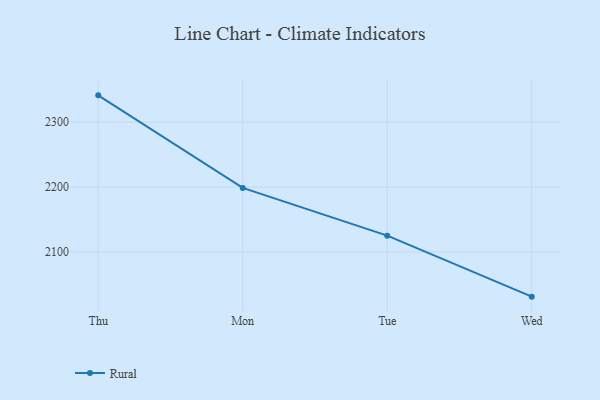
{"axis": {"x": "Day", "y": "Production Output"}, "legend": ["Rural"], "data": [{"x": "Thu", "y": 2341.2, "type": "Rural"}, {"x": "Mon", "y": 2198.7, "type": "Rural"}, {"x": "Tue", "y": 2125.2, "type": "Rural"}, {"x": "Wed", "y": 2031.3, "type": "Rural"}]}